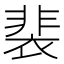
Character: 裴